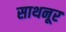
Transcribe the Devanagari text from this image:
साथनूर